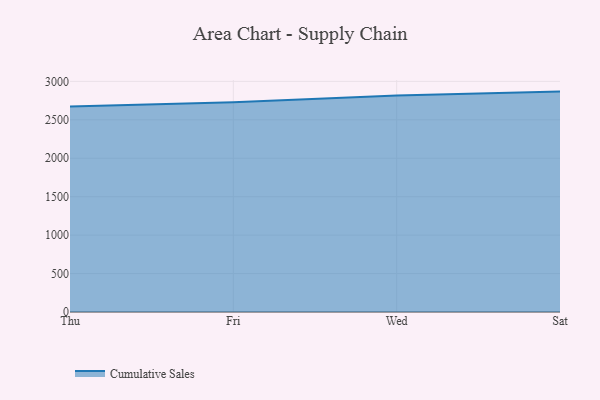
{"axis": {"x": "Day", "y": "Headcount"}, "legend": ["Cumulative Sales"], "data": [{"x": "Thu", "y": 2673.8, "type": "Cumulative Sales"}, {"x": "Fri", "y": 2726.9, "type": "Cumulative Sales"}, {"x": "Wed", "y": 2816.7, "type": "Cumulative Sales"}, {"x": "Sat", "y": 2867.0, "type": "Cumulative Sales"}]}